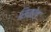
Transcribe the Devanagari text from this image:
सिकोड